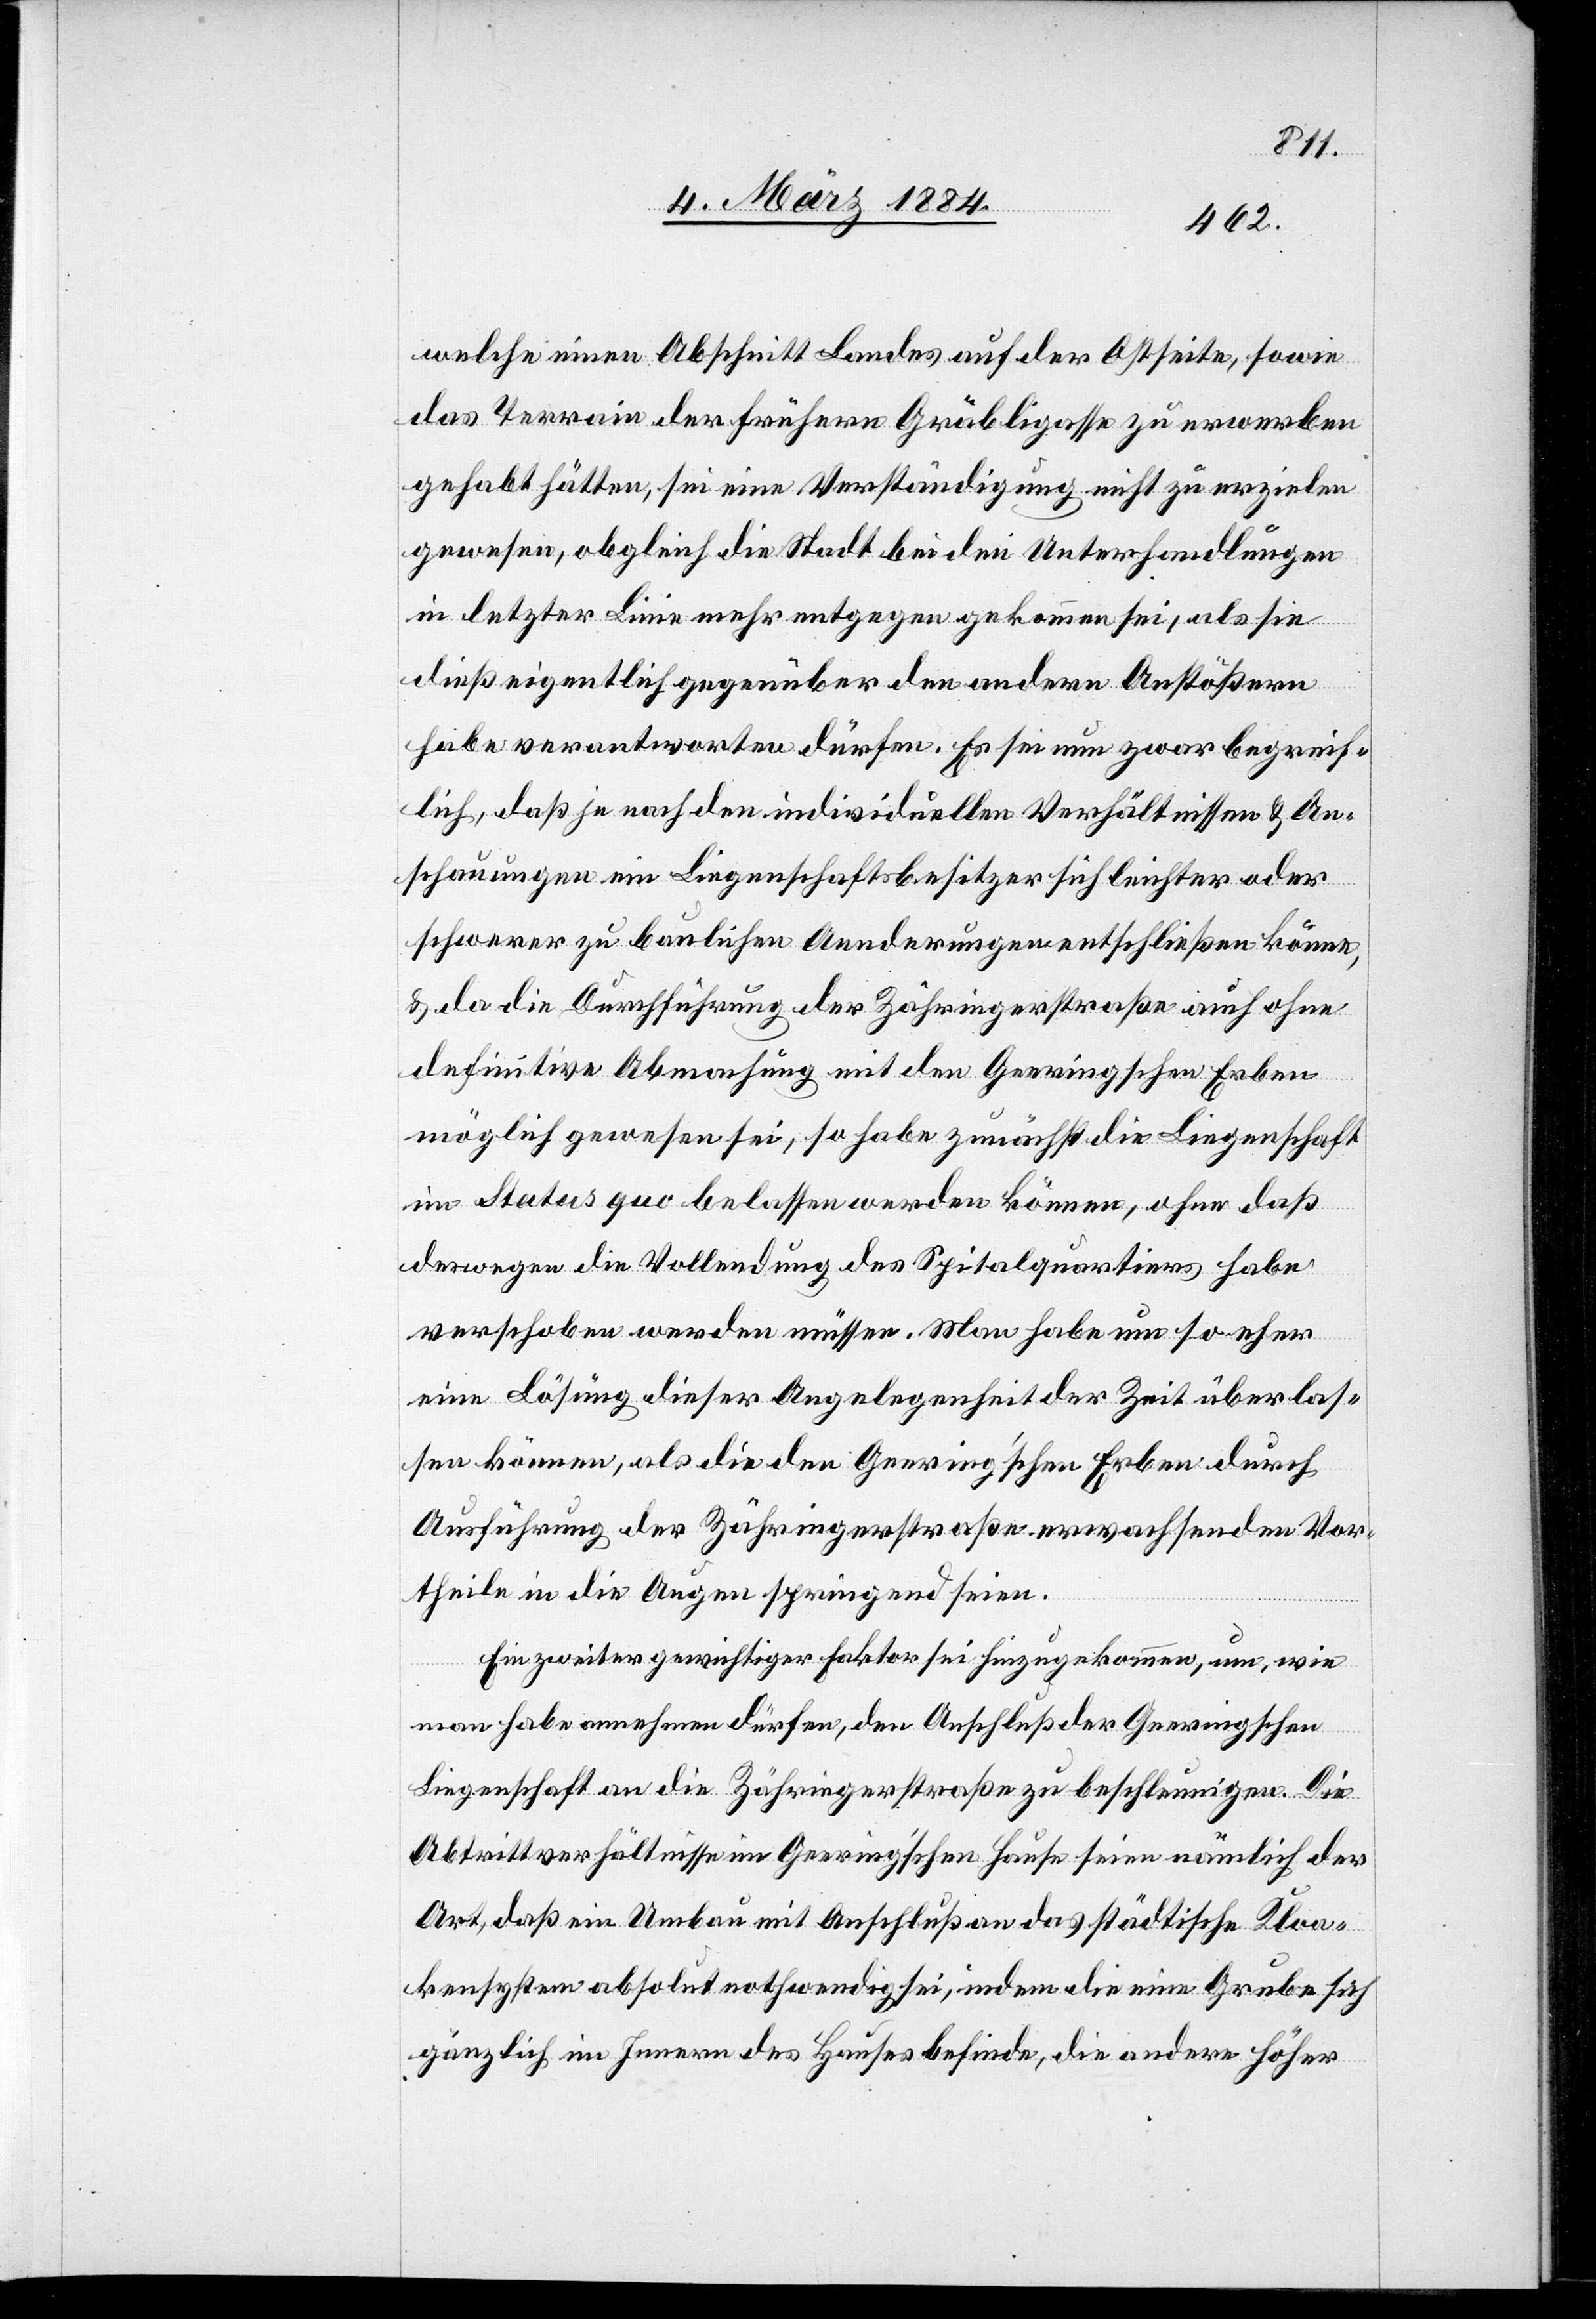
welche einen Abschnitt Landes auf der Ostseite, sowie
das Terrain der frühern Gräbligasse zu erwerben
gehabt hätten, sei eine Verständigung nicht zu erzielen
gewesen, obgleich die Stadt bei den Unterhandlungen
in letzter Linie mehr entgegen gekommen sei, als sie
dieß eigentlich gegenüber den andern Anstößern
habe verantworten dürfen. Es sei nun zwar begreif¬
lich, daß je nach den individuellen Verhältnissen & An¬
schauungen ein Liegenschaftsbesitzer sich leichter oder
schwerer zu baulichen Aenderungen entschließen könne,
& da die Durchführung der Zähringerstraße auch ohne
definitive Abmachung mit den Geeringschen Erben
möglich gewesen sei, so habe zunächst die Liegenschaft
im Status quo belassen werden können, ohne daß
deswegen die Vollendung des Spitalquartiers habe
verschoben werden müssen. Man habe um so eher
eine Lösung dieser Angelegenheit der Zeit überlas¬
sen können, als die den Geering’schen Erben durch
Ausführung der Zähringerstraße erwachsenden Vor¬
theile in die Augen springend seien.
Ein zweiter gewichtiger Faktor sei hinzugekommen, um, wie
man habe annehmen dürfen, den Anschluß der Geeringschen
Liegenschaft an die Zähringerstraße zu beschleunigen. Die
Abtrittverhältnisse im Geering’schen Hause seien nämlich der
Art, daß ein Umbau mit Anschluß an das städtische Kloa¬
kensystem absolut nothwendig sei, indem die eine Grube sich
gänzlich im Innern des Hauses befinde, die andere höher